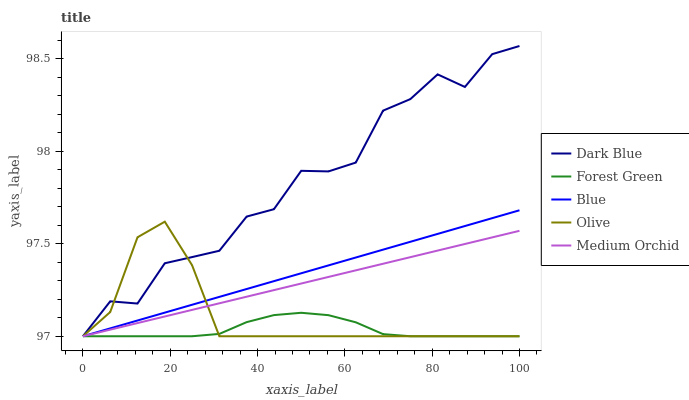
| xaxis_label | Dark Blue | Forest Green | Blue | Olive | Medium Orchid |
 | --- | --- | --- | --- | --- | --- |
 | 0 | 97 | 97 | 97 | 97 | 97 |
 | 6.25 | 97.2 | 97 | 97 | 97.1 | 97 |
 | 12.5 | 97.2 | 97 | 97.1 | 97.5 | 97.1 |
 | 18.8 | 97.4 | 97 | 97.1 | 97.6 | 97.1 |
 | 25 | 97.4 | 97 | 97.2 | 97.4 | 97.1 |
 | 31.2 | 97.5 | 97 | 97.2 | 97 | 97.2 |
 | 37.5 | 97.6 | 97.1 | 97.3 | 97 | 97.2 |
 | 43.8 | 97.7 | 97.1 | 97.3 | 97 | 97.2 |
 | 50 | 97.9 | 97.1 | 97.3 | 97 | 97.3 |
 | 56.2 | 97.9 | 97.1 | 97.4 | 97 | 97.3 |
 | 62.5 | 97.9 | 97.1 | 97.4 | 97 | 97.4 |
 | 68.8 | 98.2 | 97 | 97.5 | 97 | 97.4 |
 | 75 | 98.3 | 97 | 97.5 | 97 | 97.4 |
 | 81.2 | 98.4 | 97 | 97.6 | 97 | 97.5 |
 | 87.5 | 98.3 | 97 | 97.6 | 97 | 97.5 |
 | 93.8 | 98.5 | 97 | 97.6 | 97 | 97.5 |
 | 100 | 98.6 | 97 | 97.7 | 97 | 97.6 |